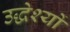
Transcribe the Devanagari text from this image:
उद्धेश्यों